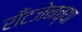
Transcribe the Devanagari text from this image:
राँटजेनच्या